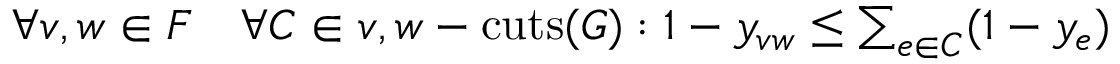
\begin{array} { r } { \forall v , w \in F \quad \forall C \in v , w - \mathrm { c u t s } ( G ) : 1 - y _ { v w } \leq \sum _ { e \in C } ( 1 - y _ { e } ) } \end{array}